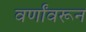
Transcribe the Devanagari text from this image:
वर्णांवरून